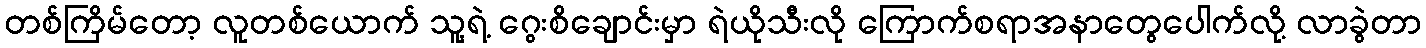
တစ်ကြိမ်တော့ လူတစ်ယောက် သူ့ရဲ့ ဂွေးစိချောင်းမှာ ရဲယိုသီးလို ကြောက်စရာအနာတွေပေါက်လို့ လာခွဲတာ